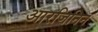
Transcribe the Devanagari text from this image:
आरजिनिन